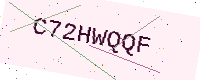
Text: C72HWQQF